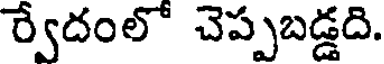
ర్వేదంలో చెప్పబడ్డది.